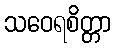
သဝေရစိတ္တာ